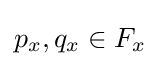
p_{x},q_{x}\in F_{x}